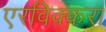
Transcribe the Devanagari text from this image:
एरविक्करा